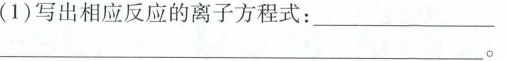
(1)写出相应反应的离子方程式：____。